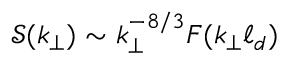
\mathcal { S } ( k _ { \perp } ) \sim k _ { \perp } ^ { - 8 / 3 } F ( k _ { \perp } \ell _ { d } )